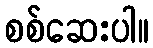
စစ်ဆေးပါ။